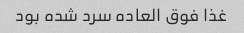
غذا فوق العاده سرد شده بود